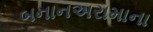
બનાનઅરામાના